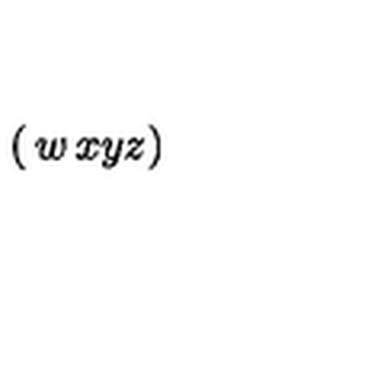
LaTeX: \left( \begin{matrix} { w } & { x } \\ { y } & { z } \\ \end{matrix} \right)